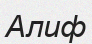
Алиф